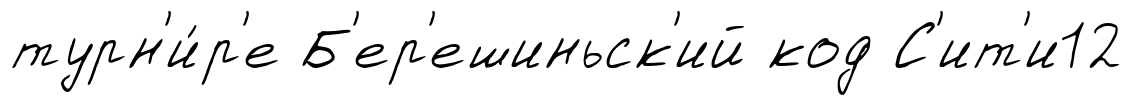
турн'и́р'е Б'ер'ешиньск'ий код С'ит'и12